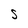
Character: S